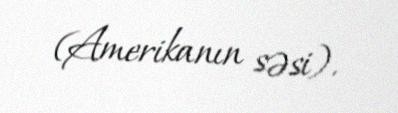
(Amerikanın səsi).